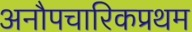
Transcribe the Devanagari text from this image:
अनौपचारिकप्रथम